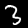
Digit: 3